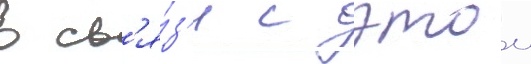
в св'я́з'и с этои